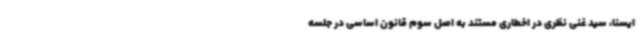
ایسنا، سید غنی نظری در اخطاری مستند به اصل سوم قانون اساسی در جلسه